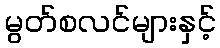
မွတ်စလင်များနှင့်